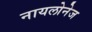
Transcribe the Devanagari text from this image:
नायलोनेज